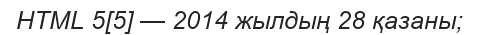
HTML 5[5] — 2014 жылдың 28 қазаны;